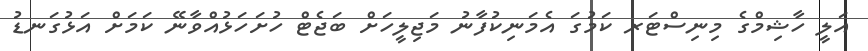
އަލީ ހާޝިމްގެ މިނިސްޓަރ ކަމުގަ އެމަނިކުފާނު މަޖިލީހަށް ބަޖެޓް ހުށަހަޅުއްވާނޭ ކަމަށް އަޅުގަނޑު